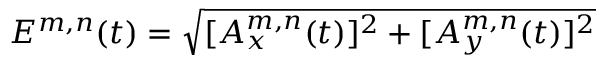
E ^ { m , n } ( t ) = \sqrt { [ A _ { x } ^ { m , n } ( t ) ] ^ { 2 } + [ A _ { y } ^ { m , n } ( t ) ] ^ { 2 } }